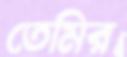
তেমির